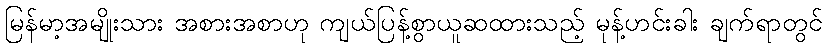
မြန်မာ့အမျိုးသား အစားအစာဟု ကျယ်ပြန့်စွာယူဆထားသည့် မုန့်ဟင်းခါး ချက်ရာတွင်